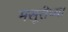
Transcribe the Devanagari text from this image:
मसूरीच्या